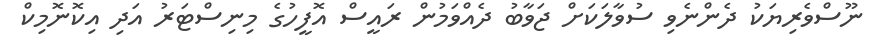
ނޫސްވެރިޔަކު ދެންނެވި ސުވާލަކަށް ޖަވާބު ދެއްވަމުން ރައީސް އޮފީހުގެ މިނިސްޓަރު އަދި އިކޮނޮމިކް